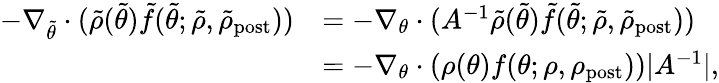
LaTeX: \begin{array}{rl}{-\nabla_{\tilde{\theta}}\cdot(\tilde{\rho}(\tilde{\theta})\tilde{f}(\tilde{\theta};\tilde{\rho},\tilde{\rho}_{\mathrm{post}}))}&{=-\nabla_{\theta}\cdot(A^{-1}\tilde{\rho}(\tilde{\theta})\tilde{f}(\tilde{\theta};\tilde{\rho},\tilde{\rho}_{\mathrm{post}}))}\\ &{=-\nabla_{\theta}\cdot(\rho(\theta)f(\theta;\rho,\rho_{\mathrm{post}}))|A^{-1}|,}\end{array}